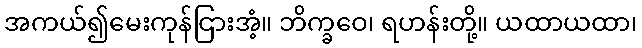
အကယ်၍မေးကုန်ငြားအံ့။ ဘိက္ခဝေ၊ ရဟန်းတို့။ ယထာယထာ၊